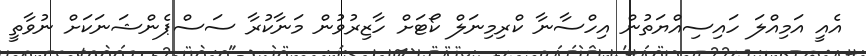
އެއީ އަމިއްލަ ހައިސިއްޔަތުން އިހްސާނާ ކްރިމިނަލް ކޯޓަށް ހާޒިރުވުން މަނާކުރާ ސަސްޕެންޝަނަކަށް ނުވާތީ